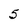
Character: 5